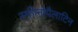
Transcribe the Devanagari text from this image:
स्फ़ीनोपैलाटिन